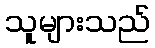
သူများသည်